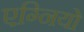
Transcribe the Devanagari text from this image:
एग्नियो